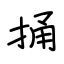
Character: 捅